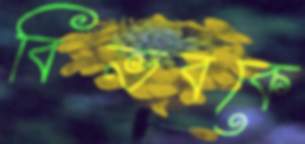
বিভবকে